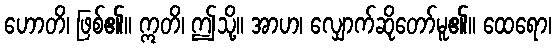
ဟောတိ၊ ဖြစ်၏။ ဣတိ၊ ဤသို့။ အာဟ၊ လျှောက်ဆိုတော်မူ၏။ ထေရော၊